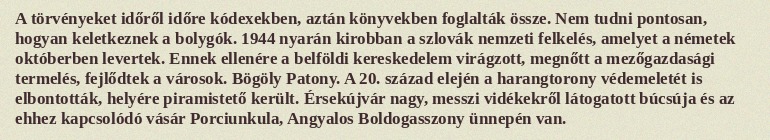
A törvényeket időről időre kódexekben, aztán könyvekben foglalták össze. Nem tudni pontosan, hogyan keletkeznek a bolygók. 1944 nyarán kirobban a szlovák nemzeti felkelés, amelyet a németek októberben levertek. Ennek ellenére a belföldi kereskedelem virágzott, megnőtt a mezőgazdasági termelés, fejlődtek a városok. Bögöly Patony. A 20. század elején a harangtorony védemeletét is elbontották, helyére piramistető került. Érsekújvár nagy, messzi vidékekről látogatott búcsúja és az ehhez kapcsolódó vásár Porciunkula, Angyalos Boldogasszony ünnepén van.